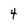
Character: 4